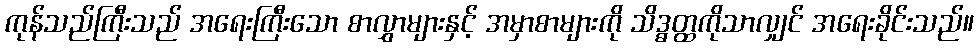
ကုန်သည်ကြီးသည် အရေးကြီးသော စာလွှာများနှင့် အမှာစာများကို သိဒ္ဓတ္ထကိုသာလျှင် အရေးခိုင်းသည်။